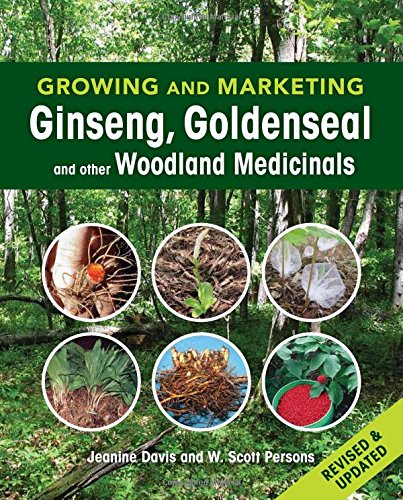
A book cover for Growing and Marketing Ginseng, Goldenseal and other Woodland Medicinals; Jeanine M. Davis; Crafts, Hobbies & Home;